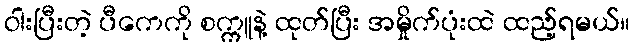
ဝါးပြီးတဲ့ ပီကေကို စက္ကူနဲ့ ထုတ်ပြီး အမှိုက်ပုံးထဲ ထည့်ရမယ်။